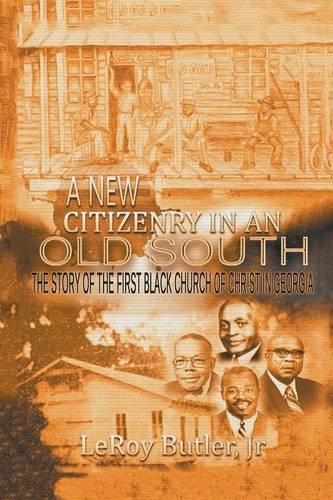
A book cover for A New Citizenry in An Old South: The Story of the First Black Church of Christ in Georgia; Leroy Butler Jr.; History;